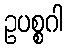
ဥပစ္စဂါ